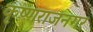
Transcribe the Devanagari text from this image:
कृष्णराजनगर